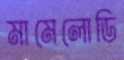
মামেলোডি